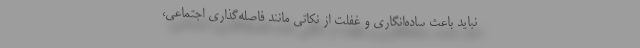
نباید باعث ساده‌انگاری و غفلت از نکاتی مانند فاصله‌گذاری اجتماعی،